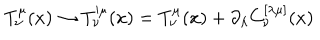
LaTeX: T _ { \nu } ^ { \mu } ( x ) \to T _ { \nu } ^ { \prime \mu } ( x ) = T _ { \nu } ^ { \mu } ( x ) + \partial _ { \lambda } C _ { \nu } ^ { [ \lambda \mu ] } ( x )